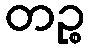
တဉ္စ